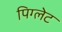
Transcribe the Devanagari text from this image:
पिग्लेट